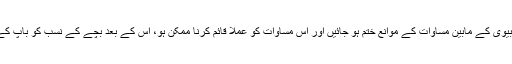
چنانچہ یہ ماننا پڑے گا کہ جیسے ہی میاں بیوی کے مابین مساوات کے موانع ختم ہو جائیں اور اس مساوات کو عملاً قائم کرنا ممکن ہو، اس کے بعد بچے کے نسب کو باپ کے ساتھ وابستہ رکھنا ضروری نہیں رہے گا۔